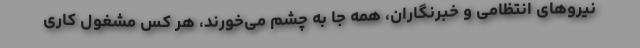
نیروهای انتظامی و خبرنگاران، همه جا به چشم می‌خورند، هر کس مشغول کاری